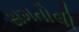
સમતોલી